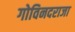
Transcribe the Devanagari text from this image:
गोविनदराजा